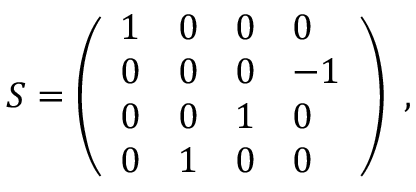
{ \cal S } = \left( \begin{array} { l l l l } { { 1 } } & { { 0 } } & { { 0 } } & { { 0 } } \\ { { 0 } } & { { 0 } } & { { 0 } } & { { - 1 } } \\ { { 0 } } & { { 0 } } & { { 1 } } & { { 0 } } \\ { { 0 } } & { { 1 } } & { { 0 } } & { { 0 } } \end{array} \right) \ ,